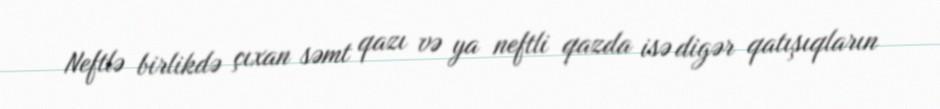
Neftlə birlikdə çıxan səmt qazı və ya neftli qazda isə digər qatışıqların